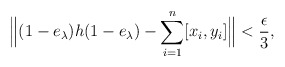
\begin{align*} \Big\| (1 - e_{\lambda} ) h (1 - e_{\lambda}) - \sum_{i=1}^n [ x_i, y_i]\Big \| < \frac \epsilon {3},\end{align*}